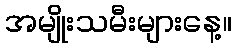
အမျိုးသမီးများနေ့။